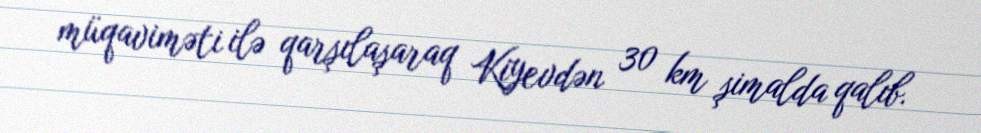
müqaviməti ilə qarşılaşaraq Kiyevdən 30 km şimalda qalıb.